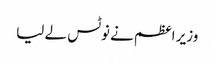
وزیر اعظم نے نوٹس لے لیا